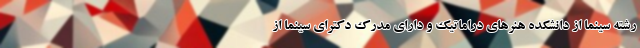
رشتهٔ سینما از دانشکده هنرهای دراماتیک و دارای مدرک دکترای سینما از